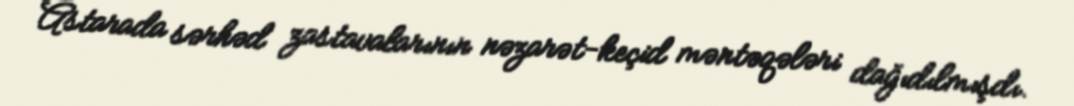
Astarada sərhəd zastavalarının nəzarət-keçid məntəqələri dağıdılmışdı.